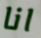
انا